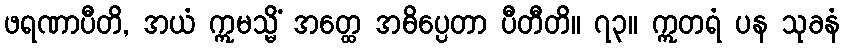
ဖရဏာပီတိ, အယံ ဣမသ္မိံ အတ္ထေ အဓိပ္ပေတာ ပီတီတိ။ ၇၃။ ဣတရံ ပန သုခနံ